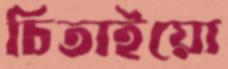
চিতাইয়ো